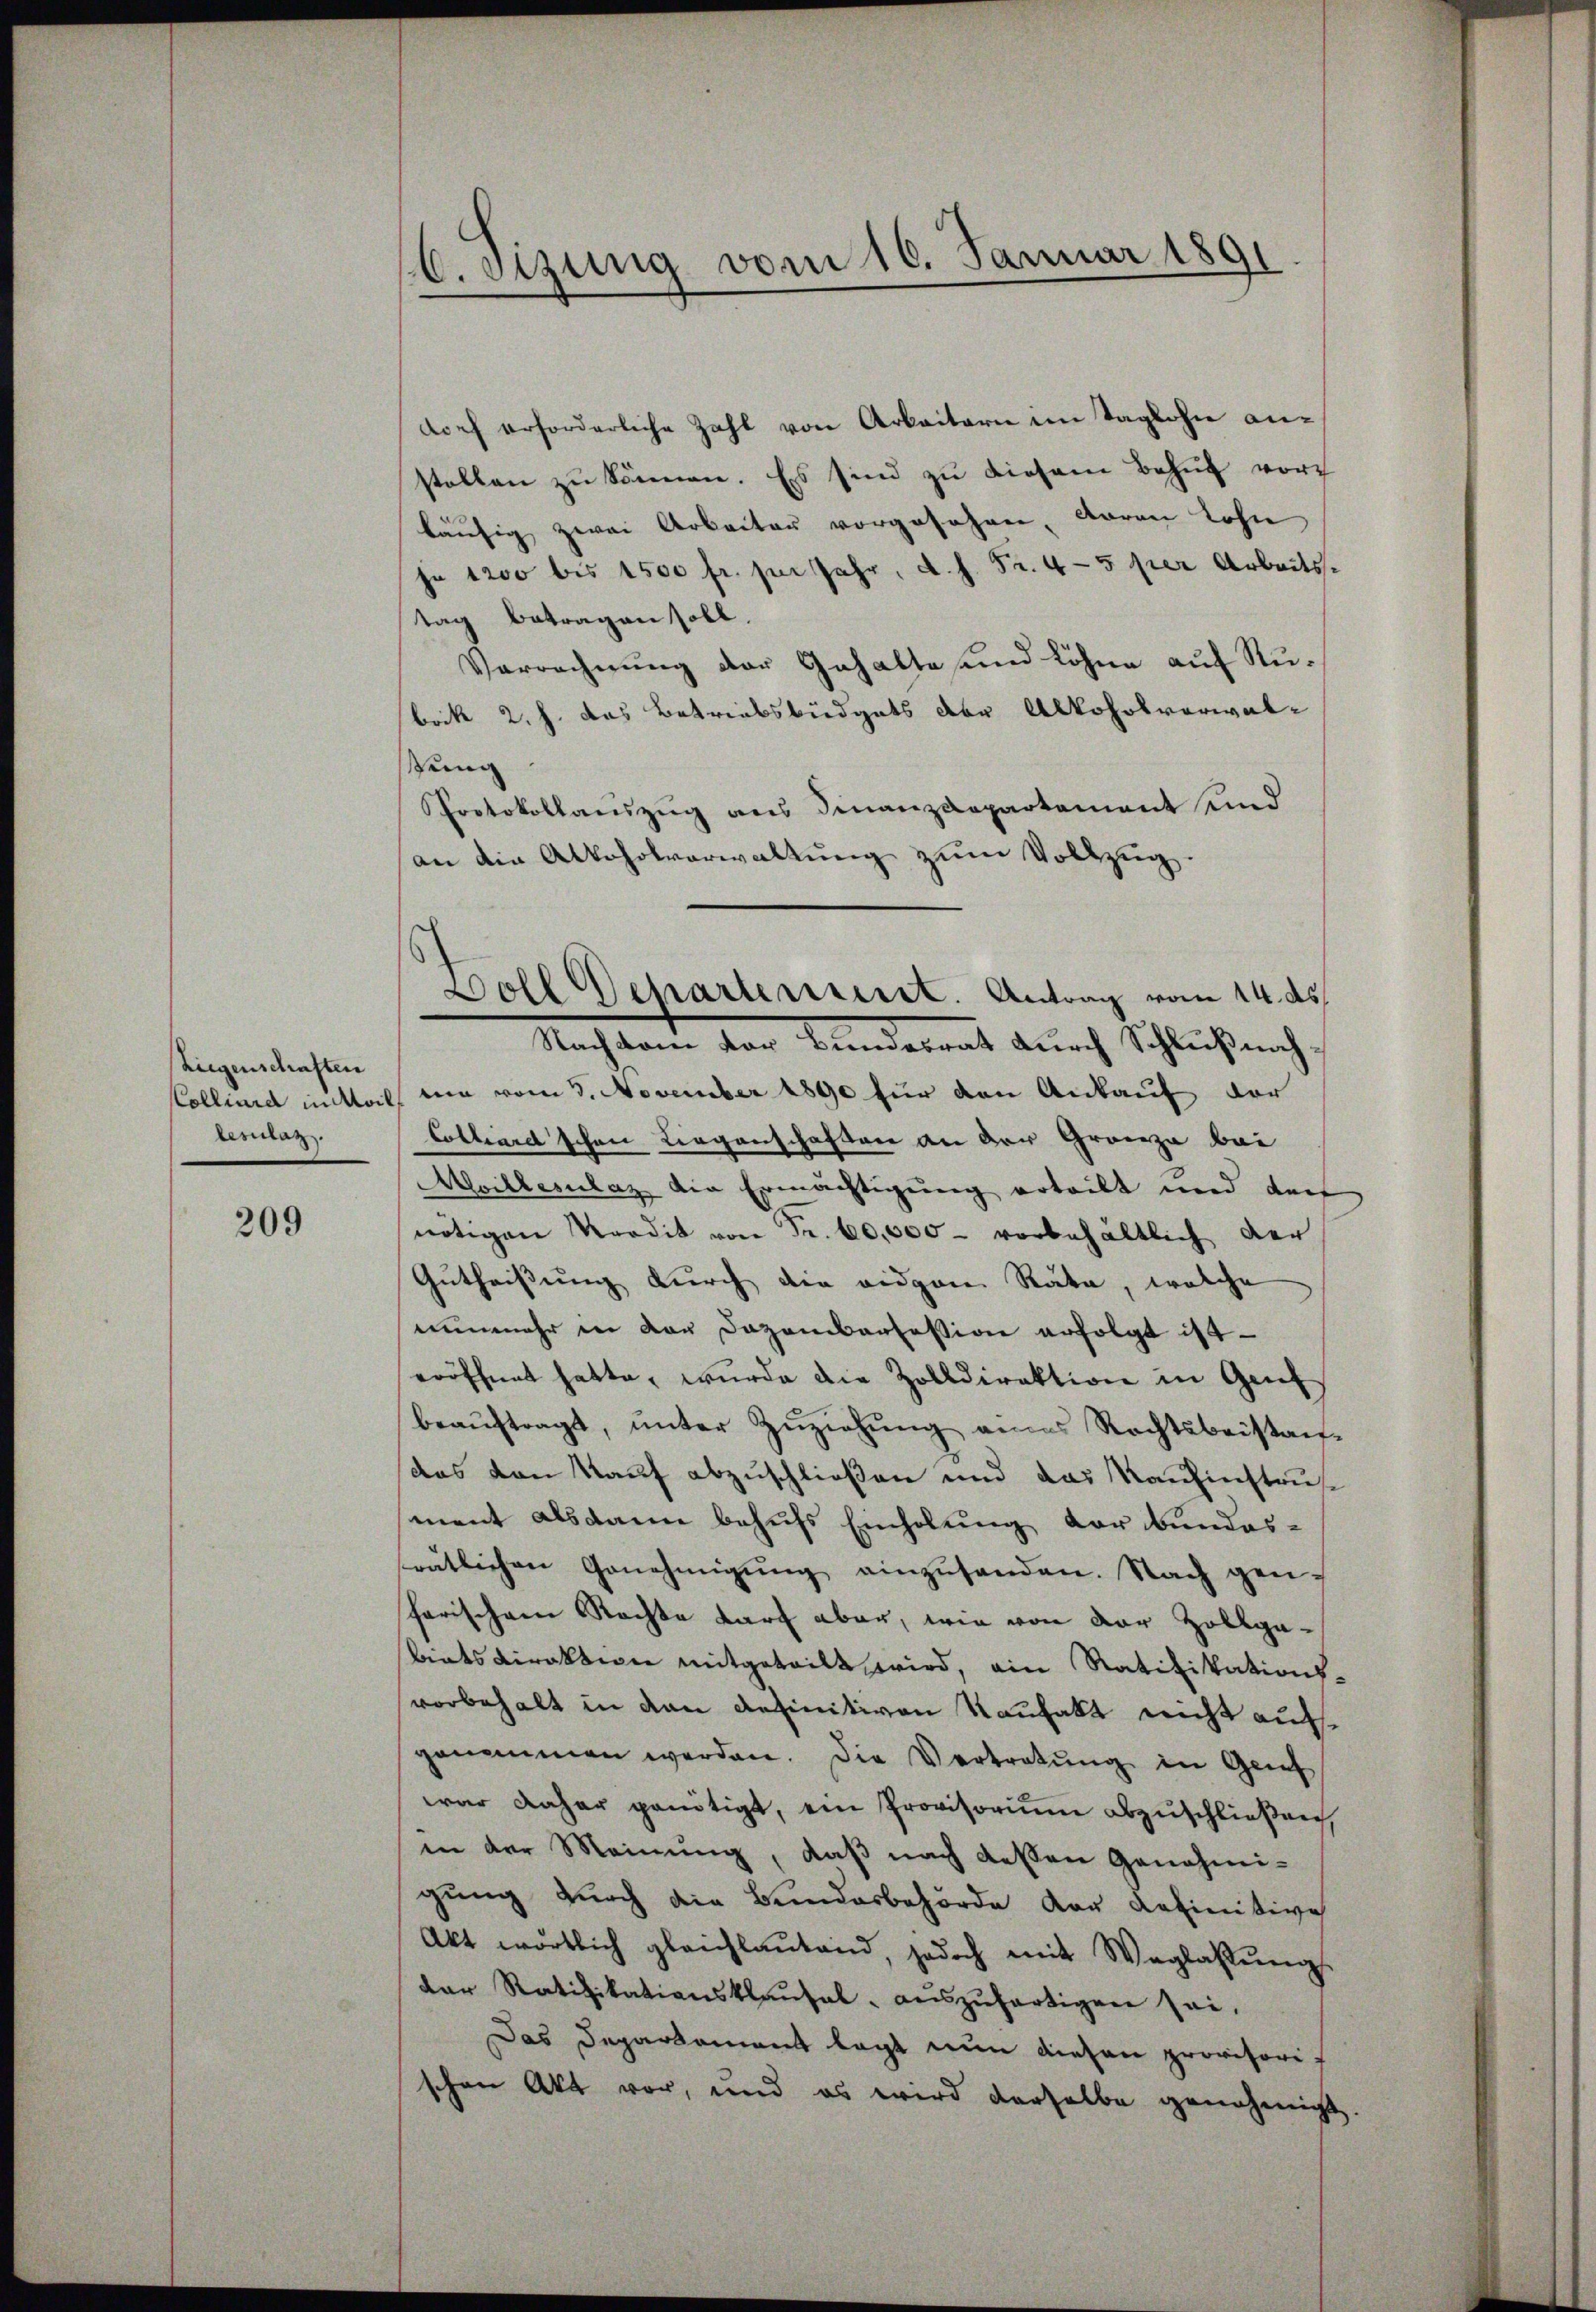
Liegenschaften
lesilaz.

209

C. Sitzung vom 16. Januar 1891.

doch erforderliche Zahl von Arbeitern im Taglohne anstellen zu können. Es sind zu diesem Behuf vor
läufig zwei Arbeiter vorgesehen, waren Lohn
ja 1200 bis 1500 fr. sei Jahr, d.h. Fr. 4-5 per Arbeitstag betragen soll.
Verrechnung der Gehalte und Löhne auf Rubrik 2. h. das Betreibsbüdgets der Alkoholverwalstung
Protokollauszug aus Finanzdepartement und
an die Alkoholverwaltung zum Vollzug.
Collence mitteil, um vom 3. November 1890 für den Ankauf der
Colliard'schen Liegenschaften an der Gradezu bei
Avillerulaz die Ermächtigung erteilt und der
nötigen Mordit von Fr. 60,000 - vorbehältlich der
Gutheißung durch die eidgen Räte, welche
nunmehr in der Dozambarfession erfolgt ist
eröffnet hatte, wurde die Zolldirektion in Genf
beaŭftragt, ŭnter Zŭziehung eines Rechtsbeistandas von Kauf abzuschließen und das Kaufinstruse
ment alsdann behufs Einholung der bundes-
rätlichen Genehmigŭng einzŭsenden. Nach gen
farischen Rechte darf aber, wie von der Zollgabiets direktion mitgeteilt wird, ein Ratifikations,
vorbehalt in den definitiven Kaufakt nicht aufgenommen werden. Die Vertretŭng in Geif
war daher genötigt, ein Provisorium abzuschließen,
in der Meinung, daß nach dessen Genehmigung durch die Bundesbehörde der definitive
Akt wortlich gleichlaŭtend, jedoch mit Weglassŭng
dar Ratifikationsklaŭsal- aŭszŭfertigen sei,
Das Departement lagt nun diesen provisorif
schen Akt vor, und es wird derselbe genehmigt.

Boll Reparterreist. Antrag vom 14. ds.
Nachdem vor Bundesrat durch Schlußnah¬